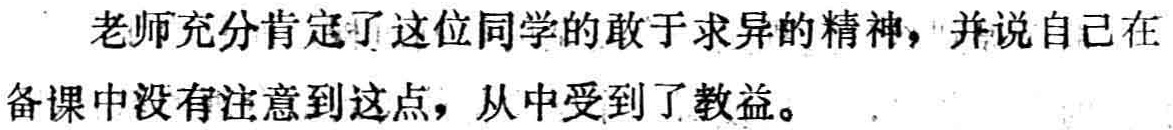
老师充分肯定了这位同学的敢于求异的精神，并说自己在备课中没有注意到这点，从中受到了教益。